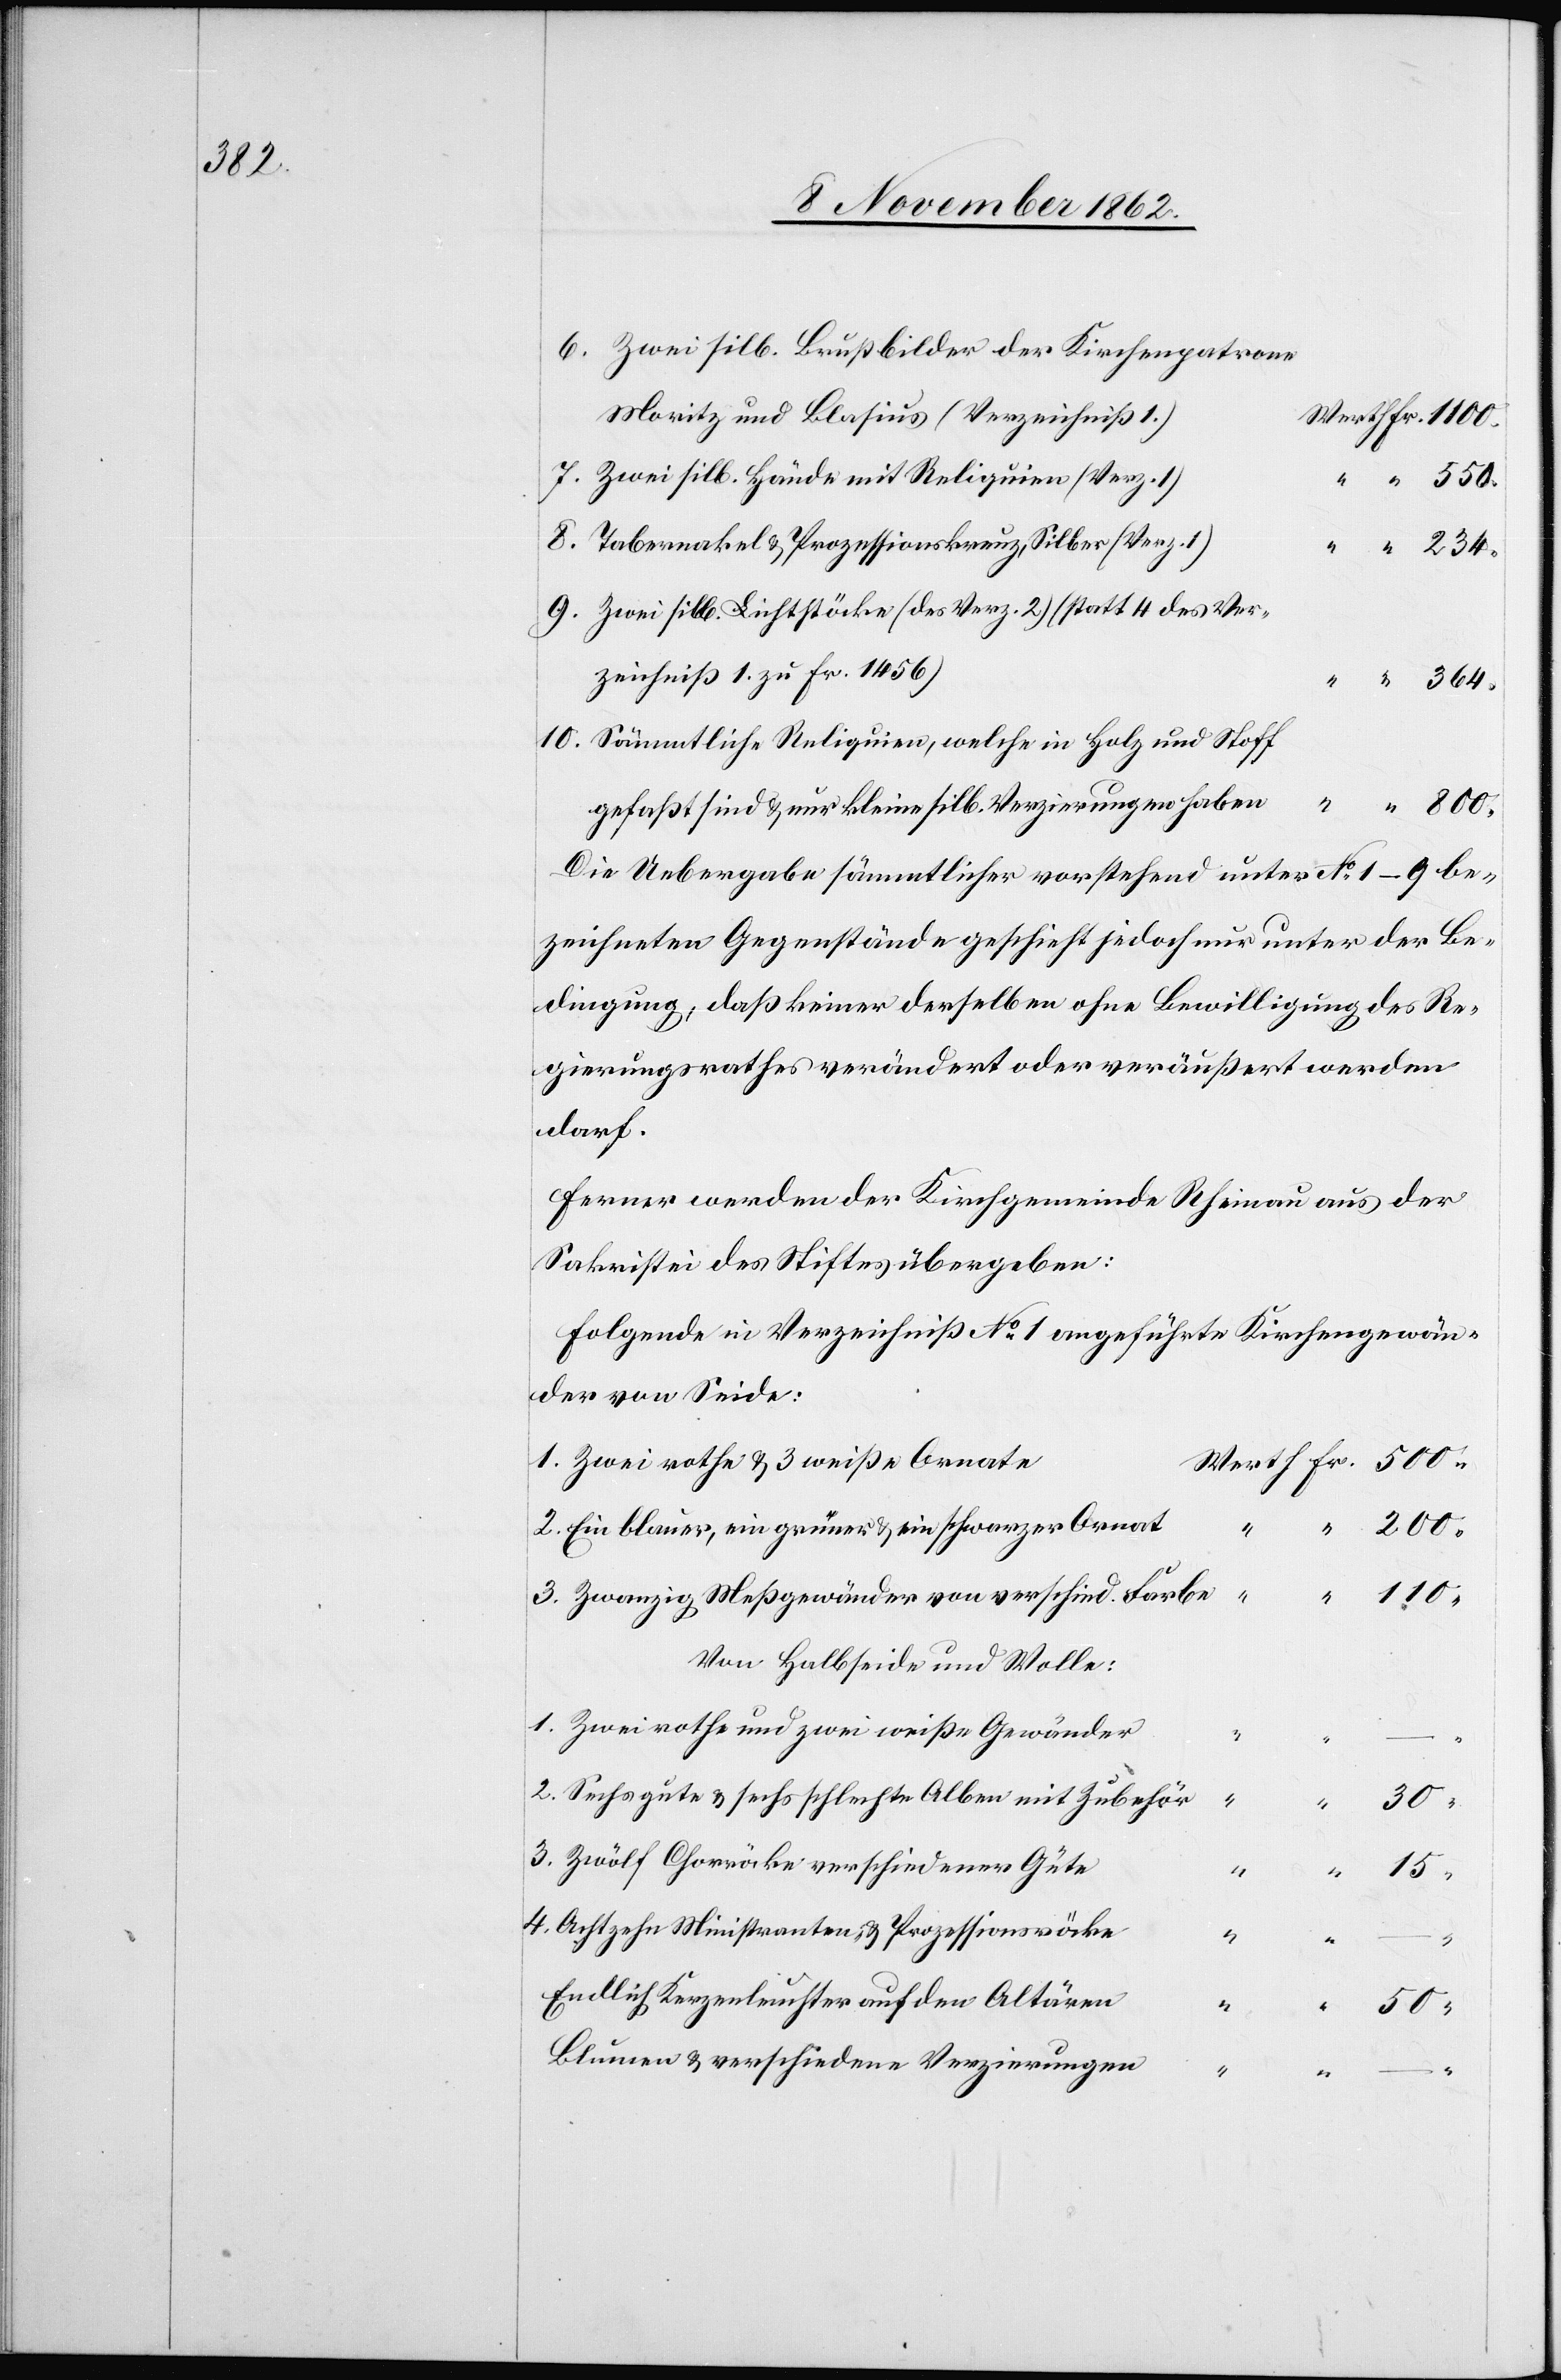
800.

Zwei silb. Brustbilder der Kirchenpatrone
Moritz und Blasius (Verzeichniß 1.)
Zwei silb. Hände mit Reliquien (Verz. I)
Tabernakel u. Prozessionskreuz, Silber (Verz. I)
Zwei silb. Lichtstöcke (des Verz. 2) (statt 4 des Ver¬
zeichniß 1 zu FR. 1456)
Sämmtliche Reliquien, welche in Holz und Stoff
–
gefaßt sind u. nur keine silb. Verzierungen haben
Die Uebergabe sämmtlicher vorstehend unter No 1–9 be¬
zeichneten Gegenstände geschieht jedoch nur unter der Be¬
dingung, daß keiner derselben ohne Bewilligung des Re¬
gierungsrathes verändert oder veräußert werden
darf.
Ferner werden der Kirchgemeinde Rheinau aus der
Sakristei des Stiftes übergeben:
Folgende in Verzeichniß No 1 angeführte Kirchengewän¬
der von Seide:
Zwei rothe u. 3 weiße Ornate
Ein blauer, ein grüner u. ein schwarzer Ornat
Zwanzig Meßgewänder von verschied. Farbe
Von Halbseide und Wolle:
Zwei rothe und zwei weiße Gewänder
2.
Sechs gute u. sechs schlechte Alben mit Zubehör
50.
Zwölf Chorröcke verschiedener Güte
15.
4.
Achtzehn Ministranten- u. Prozessionsröcke
Endlich Kerzenleuchter auf den Altären
Blumen u. verschiedene Verzierungen
–
2.